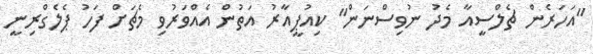
"އަހަރެން ޗެލްސީއާ މެދު ނުވިސްނަން" ކިއުޕީއާރު އަތުން އެއްވަރުވި މެޗަށް ފަހު ޕެލެގްރިނީ